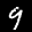
Label: 9